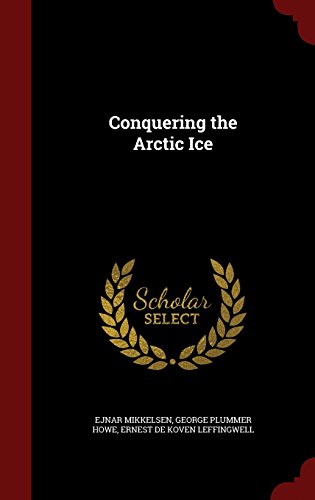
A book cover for Conquering the Arctic Ice; Ejnar Mikkelsen; History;